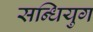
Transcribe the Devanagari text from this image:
सन्धियुग